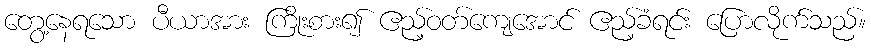
တွေ့နေရသော ပီယာအား ကြိုးစား၍ ဧည့်ဝတ်ကျေအောင် ဧည့်ခံရင်း ပြောလိုက်သည်။